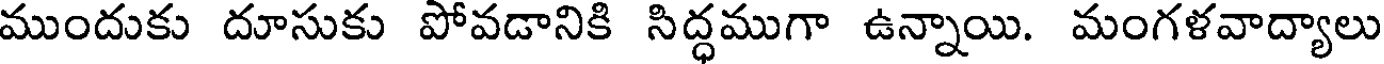
ముందుకు దూసుకు పోవడానికి సిద్ధముగా ఉన్నాయి. మంగళవాద్యాలు